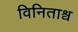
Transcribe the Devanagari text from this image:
विनिताश्व